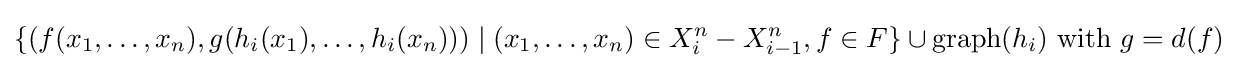
{\{(f(x_{1},\ldots ,x_{n}),g(h_{i}(x_{1}),\ldots ,h_{i}(x_{n})))\mid (x_{1},\ldots ,x_{n})\in X_{i}^{n}-X_{i-1}^{n},f\in F\}}\cup {\operatorname {graph} (h_{i})}{\text{ with }}g=d(f)